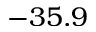
- 3 5 . 9